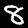
Digit: 8